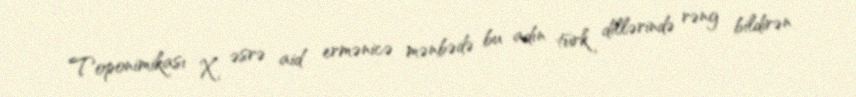
Toponimikası X əsrə aid ermənicə mənbədə bu adın türk dillərində rəng bildirən